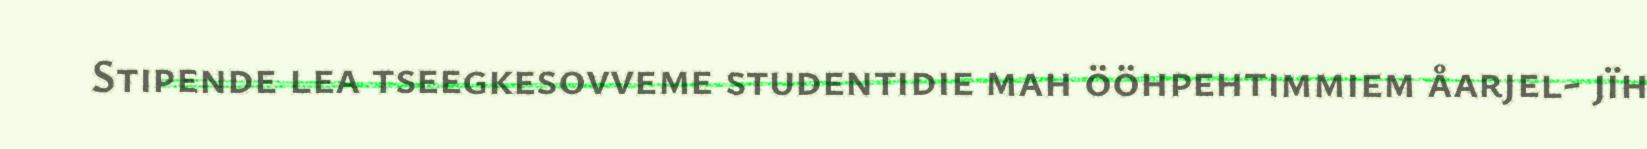
Stipende lea tseegkesovveme studentidie mah ööhpehtimmiem åarjel- jïh